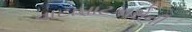
વાટાઘાટકારોની